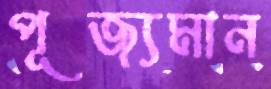
পূজ্যমান